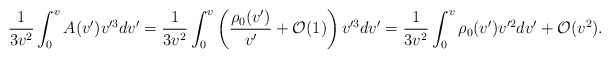
\begin{align*} \frac{1}{3v^2}\int_0^vA(v')v'^3dv'=\frac{1}{3v^2}\int_0^v\left(\frac{\rho_0(v')}{v'}+\mathcal{O}(1)\right)v'^3dv'=\frac{1}{3v^2}\int_0^v\rho_0(v')v'^2dv'+\mathcal{O}(v^2).\end{align*}